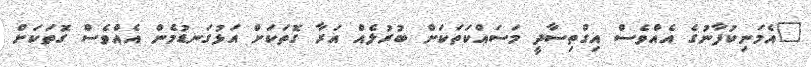
"އެމަނިކުފާނުގެ އެއްވެސް އިގްތިސާދީ މަސައްކަތަކަށް ބުރުލެއް އަރާ ގޮތަކަށް އަޅުގަނޑުމެން އެއްވެސް ގޮތަކަށް